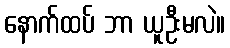
နောက်ထပ် ဘာ ယူဦးမလဲ။